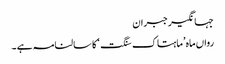
جہانگیر جبران
رواں ماہ ’ماہتاک سنگت‘ کا سالنامہ ہے ۔